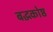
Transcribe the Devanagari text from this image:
बद्धकोष्ठ